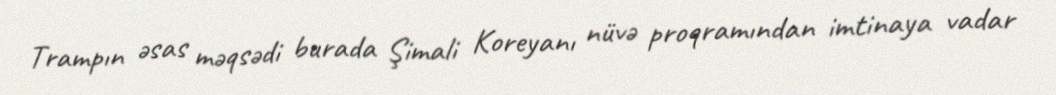
Trampın əsas məqsədi burada Şimali Koreyanı nüvə proqramından imtinaya vadar